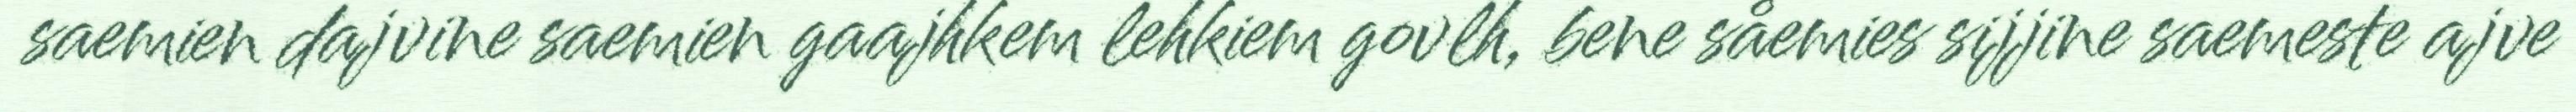
saemien dajvine saemien gaajhkem lehkiem govlh, bene såemies sijjine saemeste ajve